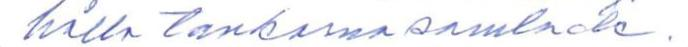
hålla tankarna samlade.